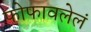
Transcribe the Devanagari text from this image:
फोफावलेलं